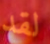
لقد